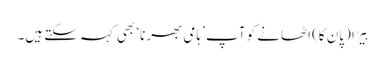
بِیڑا (پان کا) اٹھانے کو آپ ’ہامی بھرنا‘ بھی کہہ سکتے ہیں۔